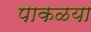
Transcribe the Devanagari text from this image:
पाकळया